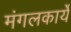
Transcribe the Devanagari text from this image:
मंगलकार्ये